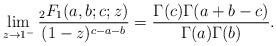
LaTeX: \begin{align*}\lim_{z\to 1^-}\frac{ {}_2F_1(a,b;c;z)}{(1-z)^{c-a-b}}=\frac{\Gamma(c)\Gamma(a+b-c)}{\Gamma(a)\Gamma(b)}.\end{align*}